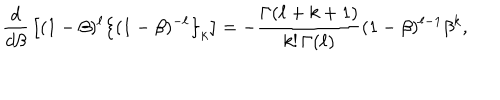
{ \frac { d } { d \beta } } \left[ ( 1 - \beta ) ^ { \ell } \left\{ ( 1 - \beta ) ^ { - \ell } \right\} _ { k } \right] = - { \frac { \Gamma ( \ell + k + 1 ) } { k ! \, \Gamma ( \ell ) } } ( 1 - \beta ) ^ { \ell - 1 } \beta ^ { k } ,